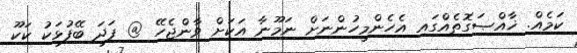
ކަމެއް. ޚާއްޞަގޮތެއްގައި އެހެންމީހުންނަށް ނަމޫނާ އަކަށް ވާންޖެހޭ @ ފަދަ ބޭފުޅަކު ކަކޫ